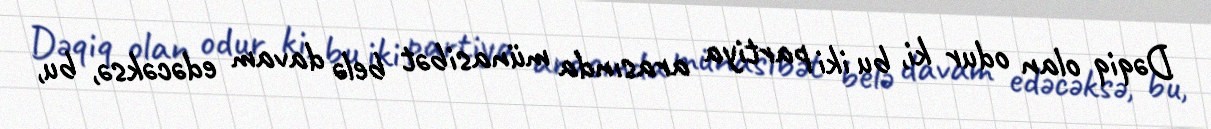
Dəqiq olan odur ki, bu iki partiya arasında münasibət belə davam edəcəksə, bu,